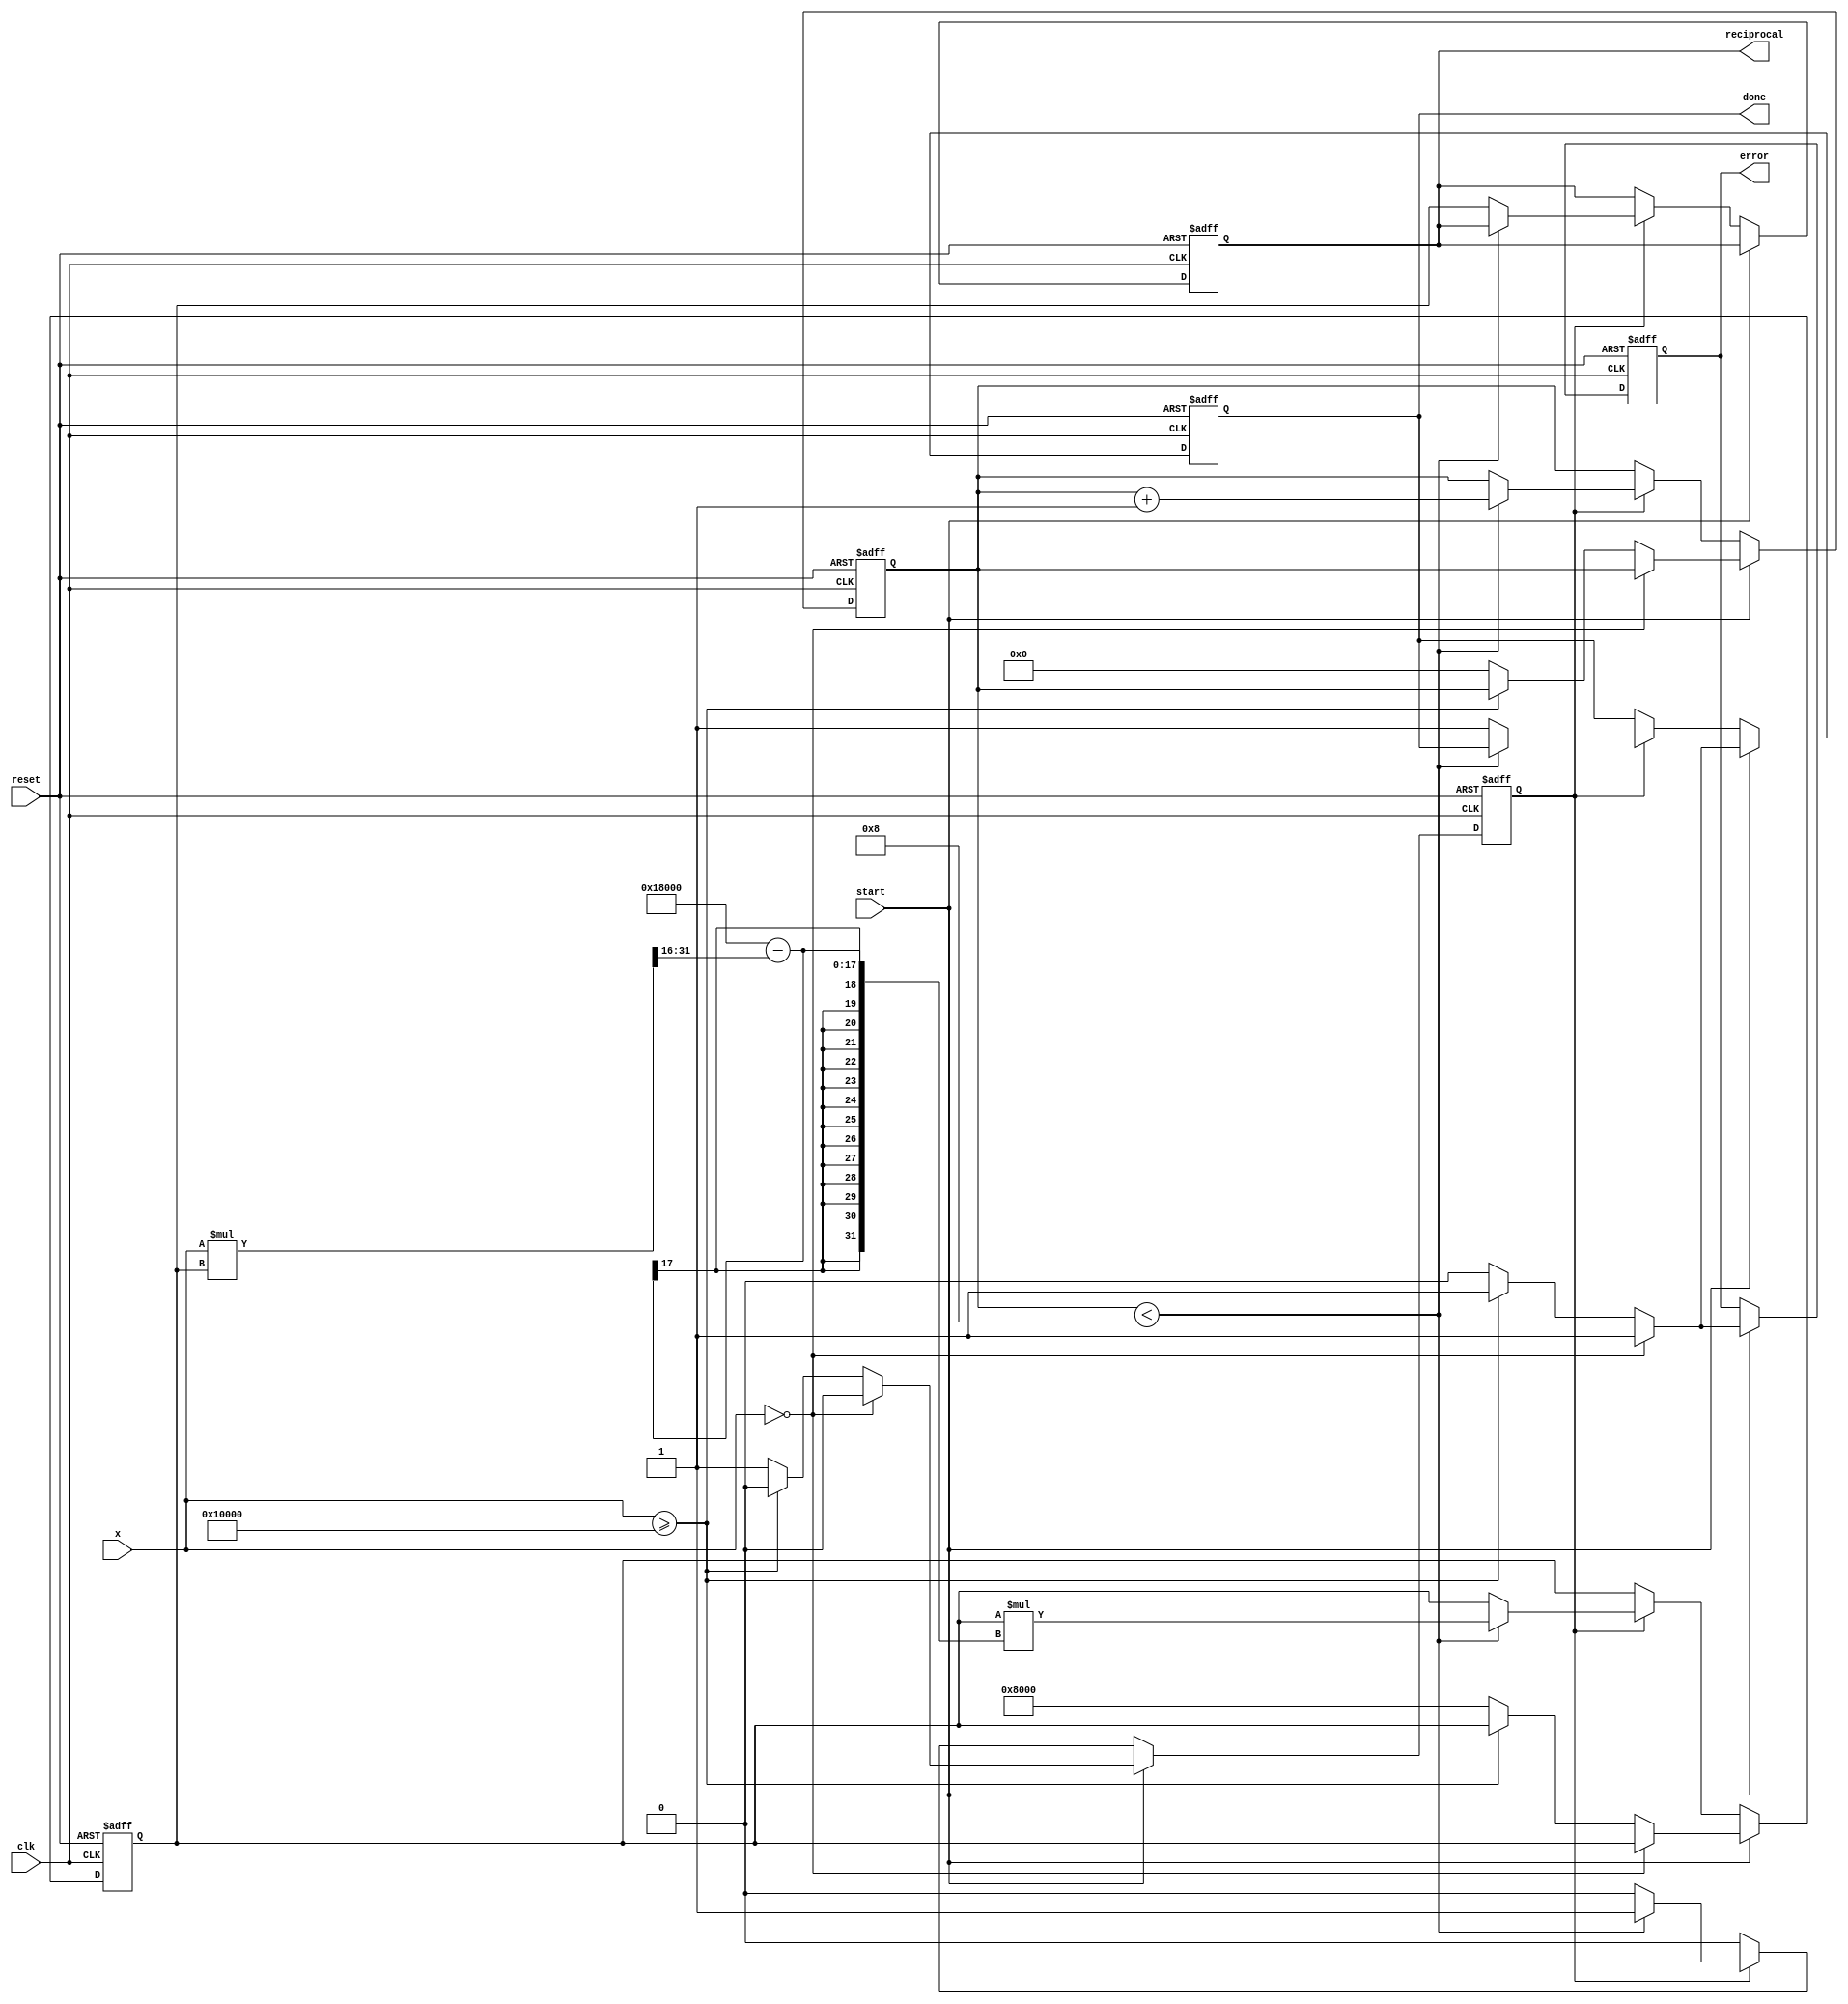
module newton_raphson_reciprocal #(
    parameter WIDTH = 16,            // Input width
    parameter PRECISION = 8,         // Number of iterations
    parameter INITIAL_GUESS = 16'h8000 // Initial guess for 1/x (1/2 = 0.5 for normalized input)
)(
    input wire clk,
    input wire reset,
    input wire start,
    input wire [WIDTH-1:0] x,        // Input value for which reciprocal is computed
    output reg [WIDTH*2-1:0] reciprocal, // Output reciprocal
    output reg done,                  // Done signal
    output reg error                  // Error signal (for zero or out of range input)
);

    reg [WIDTH*2-1:0] r;              // Current approximation
    reg [3:0] iteration_count;         // Iteration counter
    reg computing;                     // Indicates if computation is in progress

    // Error detection
    always @(posedge clk or posedge reset) begin
        if (reset) begin
            error <= 0;
            done <= 0;
            computing <= 0;
            iteration_count <= 0;
            reciprocal <= 0;
            r <= 0;
        end else if (start) begin
            if (x == 0) begin
                error <= 1;            // Error for zero input
                done <= 1;
                computing <= 0;
            end else if (x >= (1 << WIDTH)) begin
                error <= 1;            // Error for out of range input
                done <= 1;
                computing <= 0;
            end else begin
                error <= 0;            // Clear error
                done <= 0;             // Reset done signal
                computing <= 1;        // Start computation
                iteration_count <= 0;  // Reset iteration count
                r <= INITIAL_GUESS;    // Initialize approximation
            end
        end else if (computing) begin
            if (iteration_count < PRECISION) begin
                // Newton-Raphson update: r = r * (2 - x * r)
                r <= r * ((1 << WIDTH) + (1 << (WIDTH-1)) - (x * r >> WIDTH)); // x * r is shifted right to maintain precision
                iteration_count <= iteration_count + 1; // Increment iteration count
            end else begin
                reciprocal <= r;       // Store final result
                done <= 1;            // Set done signal
                computing <= 0;       // End computation
            end
        end
    end

endmodule